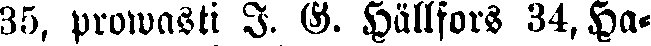
35, prowasti J. G. Hällfors 34, Ha-